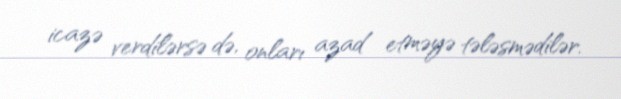
icazə verdilərsə də, onları azad etməyə tələsmədilər.